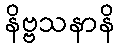
နိဗ္ဗသနာနိ